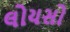
લોયસો